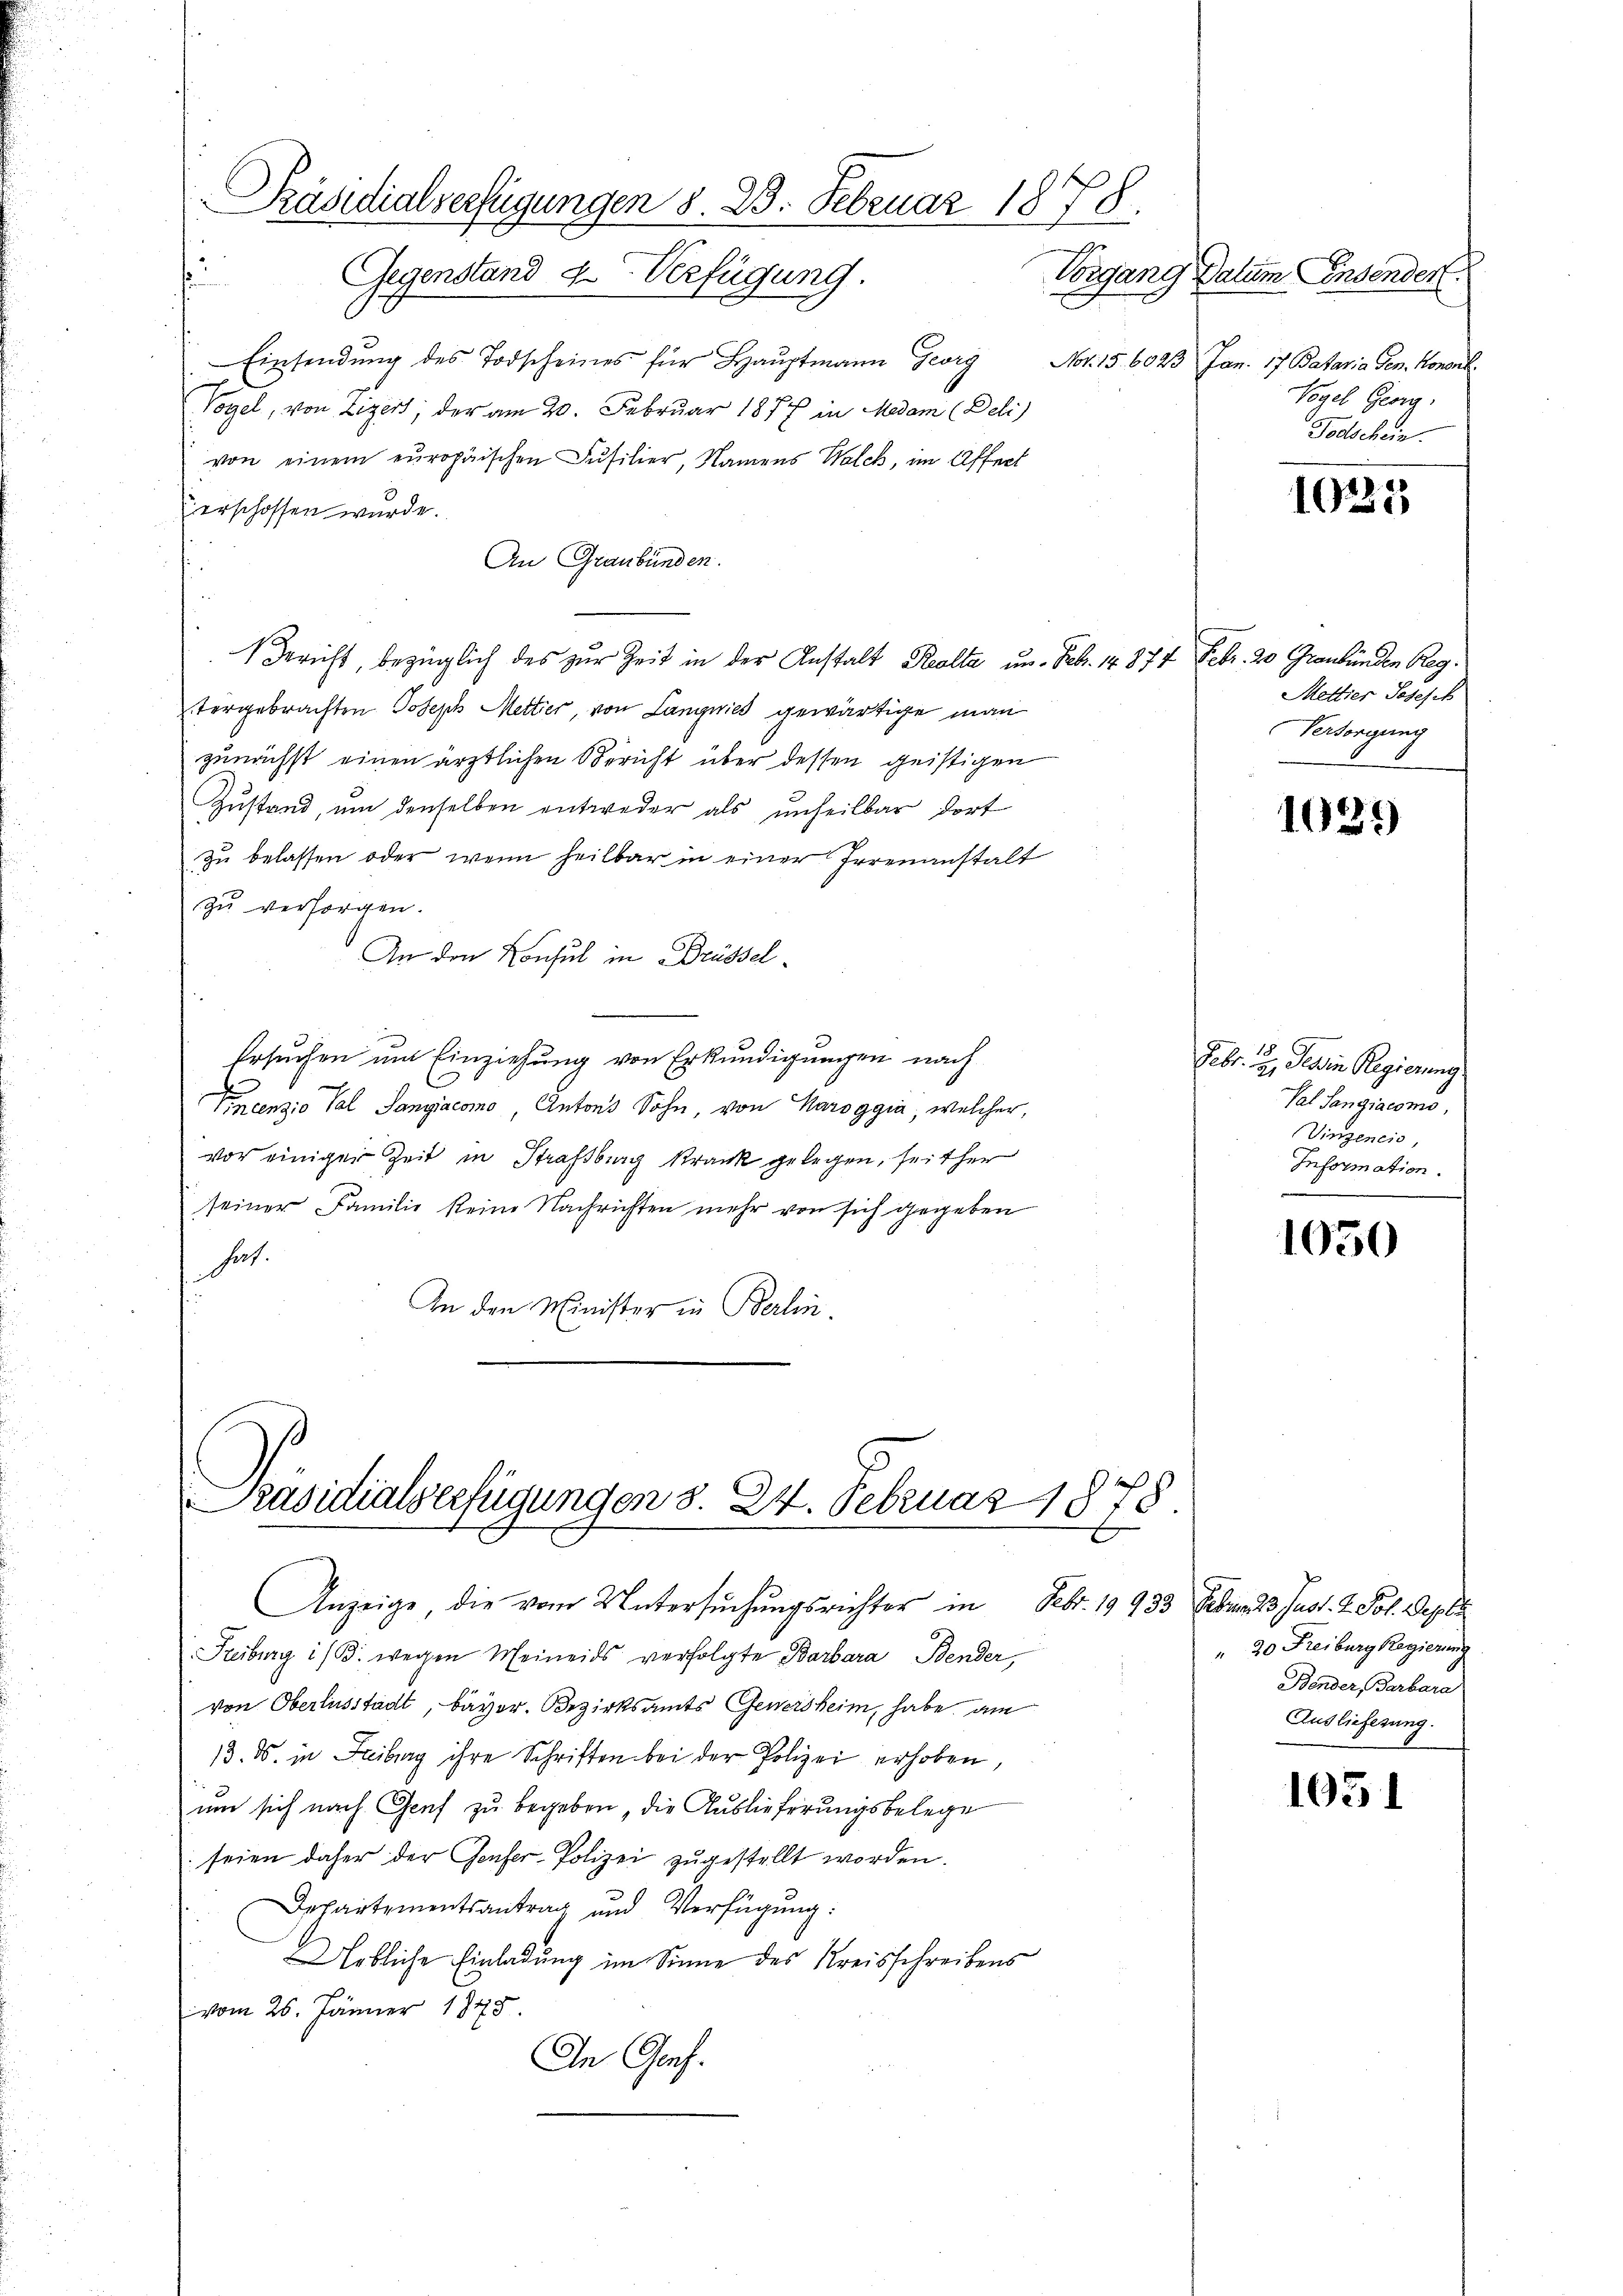
Präsidialverfügungen S. 23. Februar 1878.
Gegenstand u. Verfügung.

Einsendung des Todscheines für Hauptmann Georg
Vogel, von Lizert; der am 20. Februar 1877 in Madam (Deli
von einem europäischen Füsilier, Namens Walch, im Affect
erschossen wurde.
An Graubünden.
 Bericht, bezüglich des zur Zeit in der Anstalt Realte um. Feb. 14. 877 Febr. 20 Graubünden Reg.
tergebrachten Joseph Metter, von Langnis gewärtige man
zunächst einen ärztlichen Bericht über dessen geistigen
Zustand, um denselben entweder als unheilbar dort
zu belassen oder wenn heilbar in einer Irrenanstalt
zu versorgen.
An den Konsul in Brüssel
Ersuchen um Einziehung von Erkundigungen nach
.
t
Vincenzio Tal Sangiacomo, Antons Sohn, von Karoggia, welcher,
vor einiger Zeit in Strassburg krank gelegen, seither
seiner Familie keine Nachrichten mehr von sich gegeben
hat.
An den Minister in Berlin.

Präsidialverfügungen S. 24. Februar 1878

um sich nach Genf zu begeben, die Auslieferungsbelege
 seien daher der Genfer-Polizei zugestellt worden.
Departementsantrag und Verfügung:
Urbliche Einladung im Sinne des Kreisschreibens
vom 26. Jänner 1948
In Genf.

Anzeige die vom Untersuchungsrichter in Febr. 19933 Februar 23 Just. 2. Fol. Depols
Freiburg i/B. wegen Meineids verfolgte Barbara Bender,
von Oberlasstadt, bevor. Bezirksamts Gewersheim, habe, am
13. ds. in Freiburg ihre Schriften bei der Polizei erhoben,

Vorgang Datum Einsender
Nr. 15. 6023 Jan. 17 Bataria Gen. Honont.
Vogel Georg.
Todschein.

Mettier Josefik
Versorgung

1025

1039

Febr. d. Jeden Regierung
Val Sangiacomo,
Vinzeneis,
Information.

1050

" 20 Freiburg Regierung
Bender, Barbara
Auslieferung.

1051